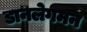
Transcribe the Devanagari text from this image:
डानलेगमन